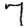
Digit: 7